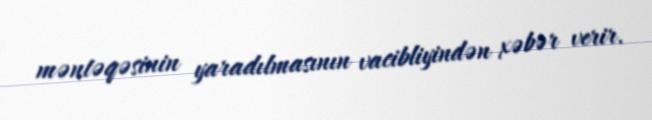
məntəqəsinin yaradılmasının vacibliyindən xəbər verir.